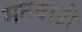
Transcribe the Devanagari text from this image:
मठवाडी